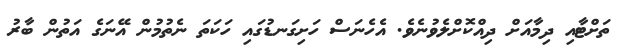
ތަށްޓާއި ދިމާއަށް ދިއްކޮށްލެވުނެވެ. އެހެނަސް ހަށިގަނޑުގައި ހަކަތަ ނެތުމުން އޭނަގެ އަތުން ބާރު